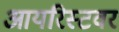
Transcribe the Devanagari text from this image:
आयरिस्टवर